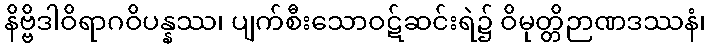
နိဗ္ဗိဒါဝိရာဂဝိပန္နဿ၊ ပျက်စီးသောဝဋ်ဆင်းရဲ၌ ဝိမုတ္တိဉာဏဒဿနံ၊